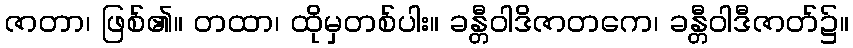
ဇာတာ၊ ဖြစ်၏။ တထာ၊ ထိုမှတစ်ပါး။ ခန္တီဝါဒိဇာတကေ၊ ခန္တီဝါဒီဇာတ်၌။